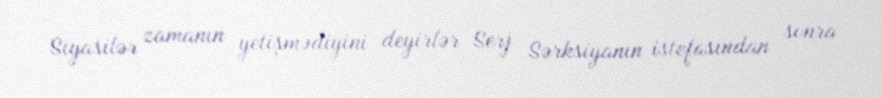
Siyasilər zamanın yetişmədiyini deyirlər Serj Sərksiyanın istefasından sonra